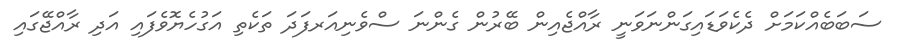
ސަބަބެއްކަމަށް ދެކެވަޑައިގަންނަވަނީ ރާއްޖެއިން ބޭރުން ގެންނަ ސްވެނިއަރފަދަ ތަކެތި އަގުހެޔޮވެފައި އަދި ރާއްޖޭގައި